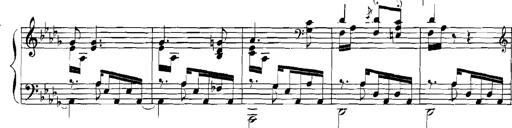
Title: Rhapsodies hongroises
Composer: Franz Liszt